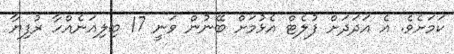
ކަމަށެވެ. އެ އަދަދަށް ފުލެޓް އެޅުމަށް ބޭނުން ވަނީ 17 ބިލިއަނެއްހާ ރުފިޔާ